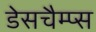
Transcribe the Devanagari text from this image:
डेसचैम्प्स